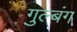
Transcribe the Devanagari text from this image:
गुल्बंग